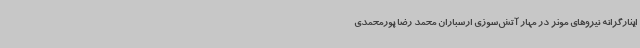
ایثارگرانه نیروهای موثر در مهار آتش‌سوزی ارسباران محمد رضا پورمحمدی